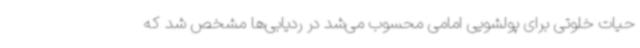
حیات خلوتی برای پولشویی امامی محسوب می‌شد در ردیابی‌ها مشخص شد که